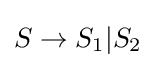
S\to S_{1}|S_{2}